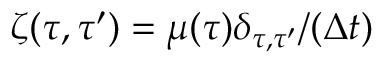
\zeta ( \tau , \tau ^ { \prime } ) = \mu ( \tau ) \delta _ { \tau , \tau ^ { \prime } } / ( \Delta t )